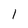
Character: 1